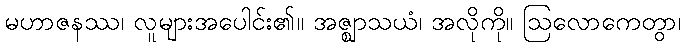
မဟာဇနဿ၊ လူများအပေါင်း၏။ အဇ္ဈာသယံ၊ အလိုကို။ ဩလောကေတွာ၊